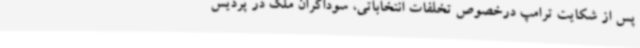
پس از شکایت ترامپ درخصوص تخلفات انتخاباتی، سوداگران ملک در پردیس